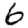
Digit: 6